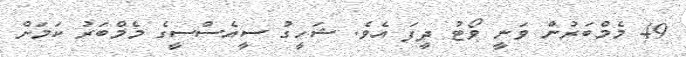
49 މެމްބަރުން ވަނީ ވޯޓު ދީފަ އެވެ. ޝަހީގު ސީއެސްސީގެ މެމްބަރު ކަމަށް